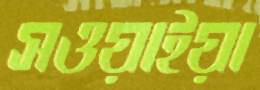
সওয়াইয়া